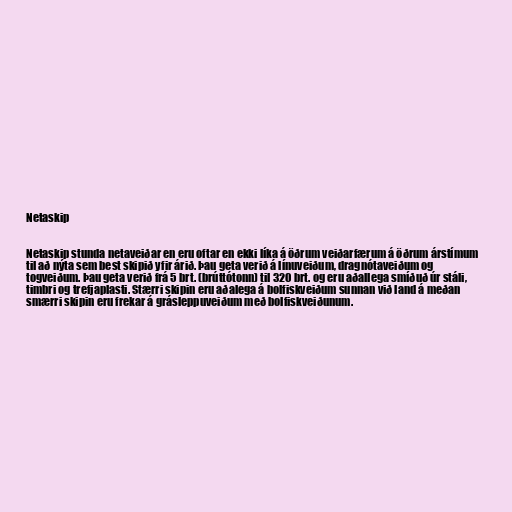
Netaskip

Netaskip stunda netaveiðar en eru oftar en ekki líka á öðrum veiðarfærum á öðrum árstímum
til að nýta sem best skipið yfir árið. Þau geta verið á línuveiðum, dragnótaveiðum og
togveiðum. Þau geta verið frá 5 brt. (brúttótonn) til 320 brt. og eru aðallega smíðuð úr stáli,
timbri og trefjaplasti. Stærri skipin eru aðalega á bolfiskveiðum sunnan við land á meðan
smærri skipin eru frekar á grásleppuveiðum með bolfiskveiðunum.